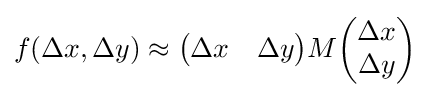
f(\Delta x,\Delta y)\approx {\begin{pmatrix}\Delta x&\Delta y\end{pmatrix}}M{\begin{pmatrix}\Delta x\\\Delta y\end{pmatrix}}